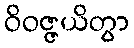
ဝိဝဇ္ဇယိတွာ